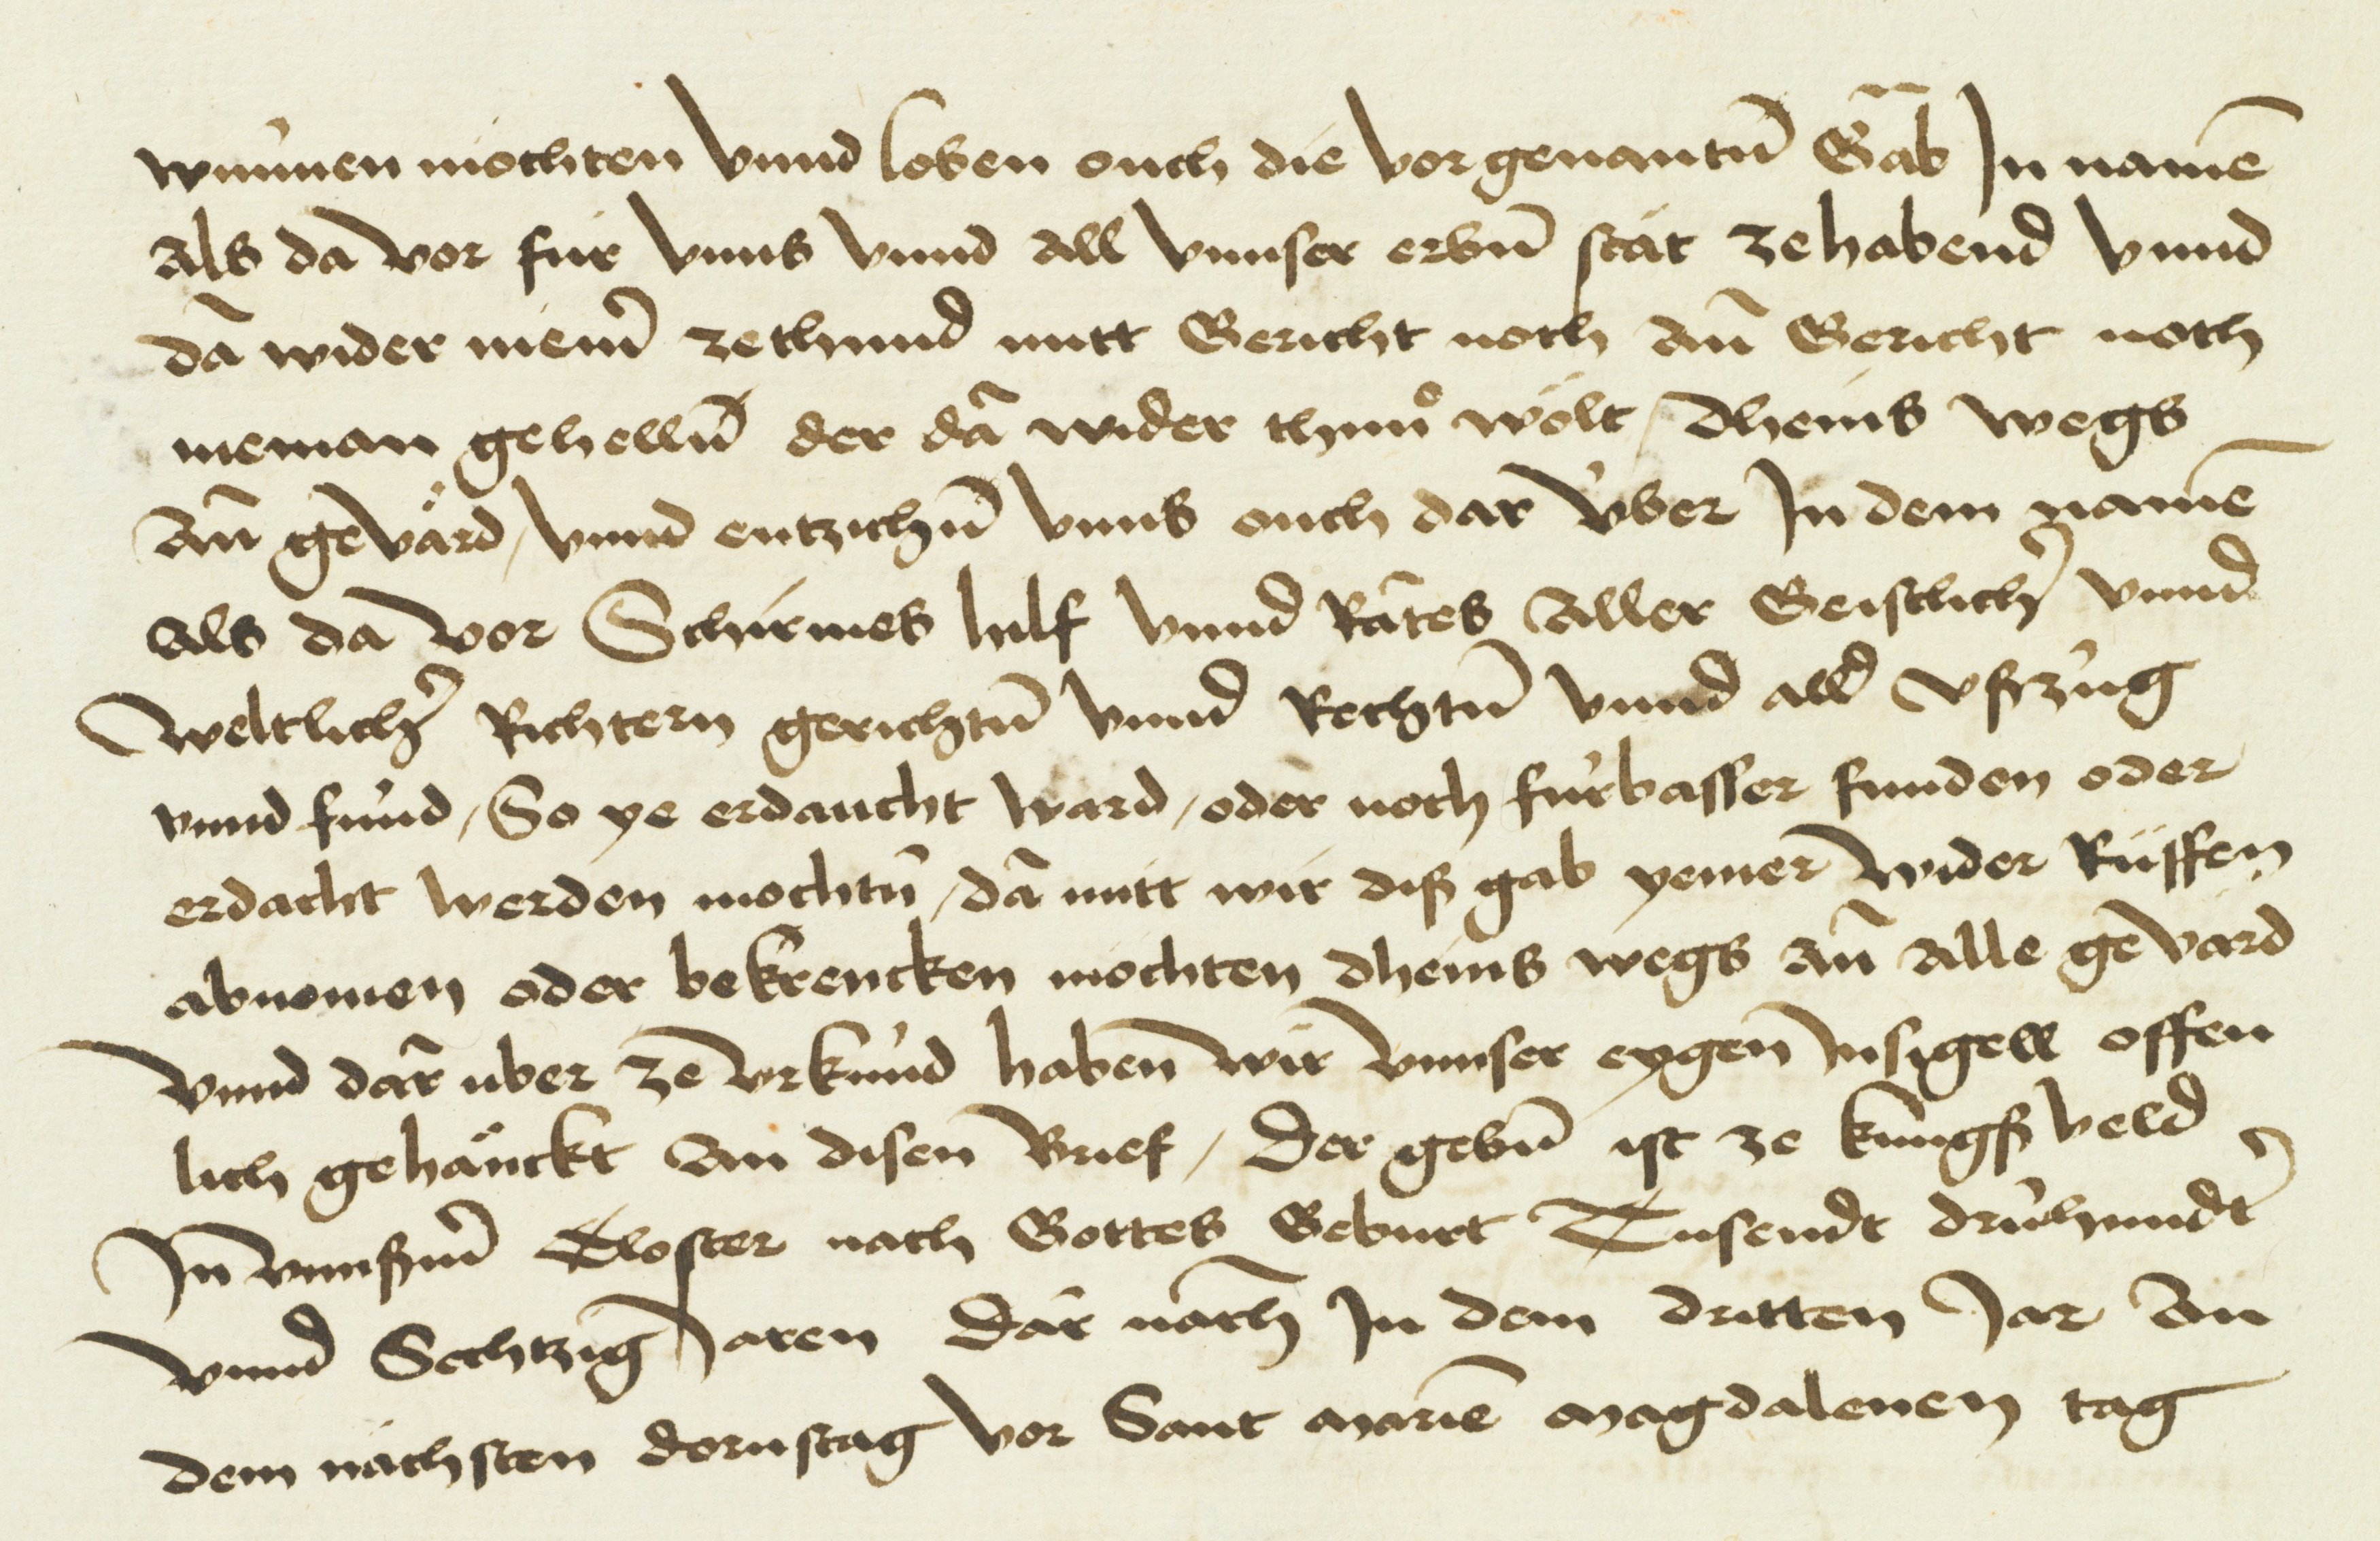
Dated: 1404–1500